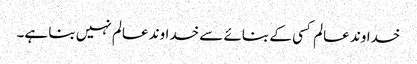
خداوند عالم کسی کے بنائے سے خداوند عالم نہیں بنا ہے۔